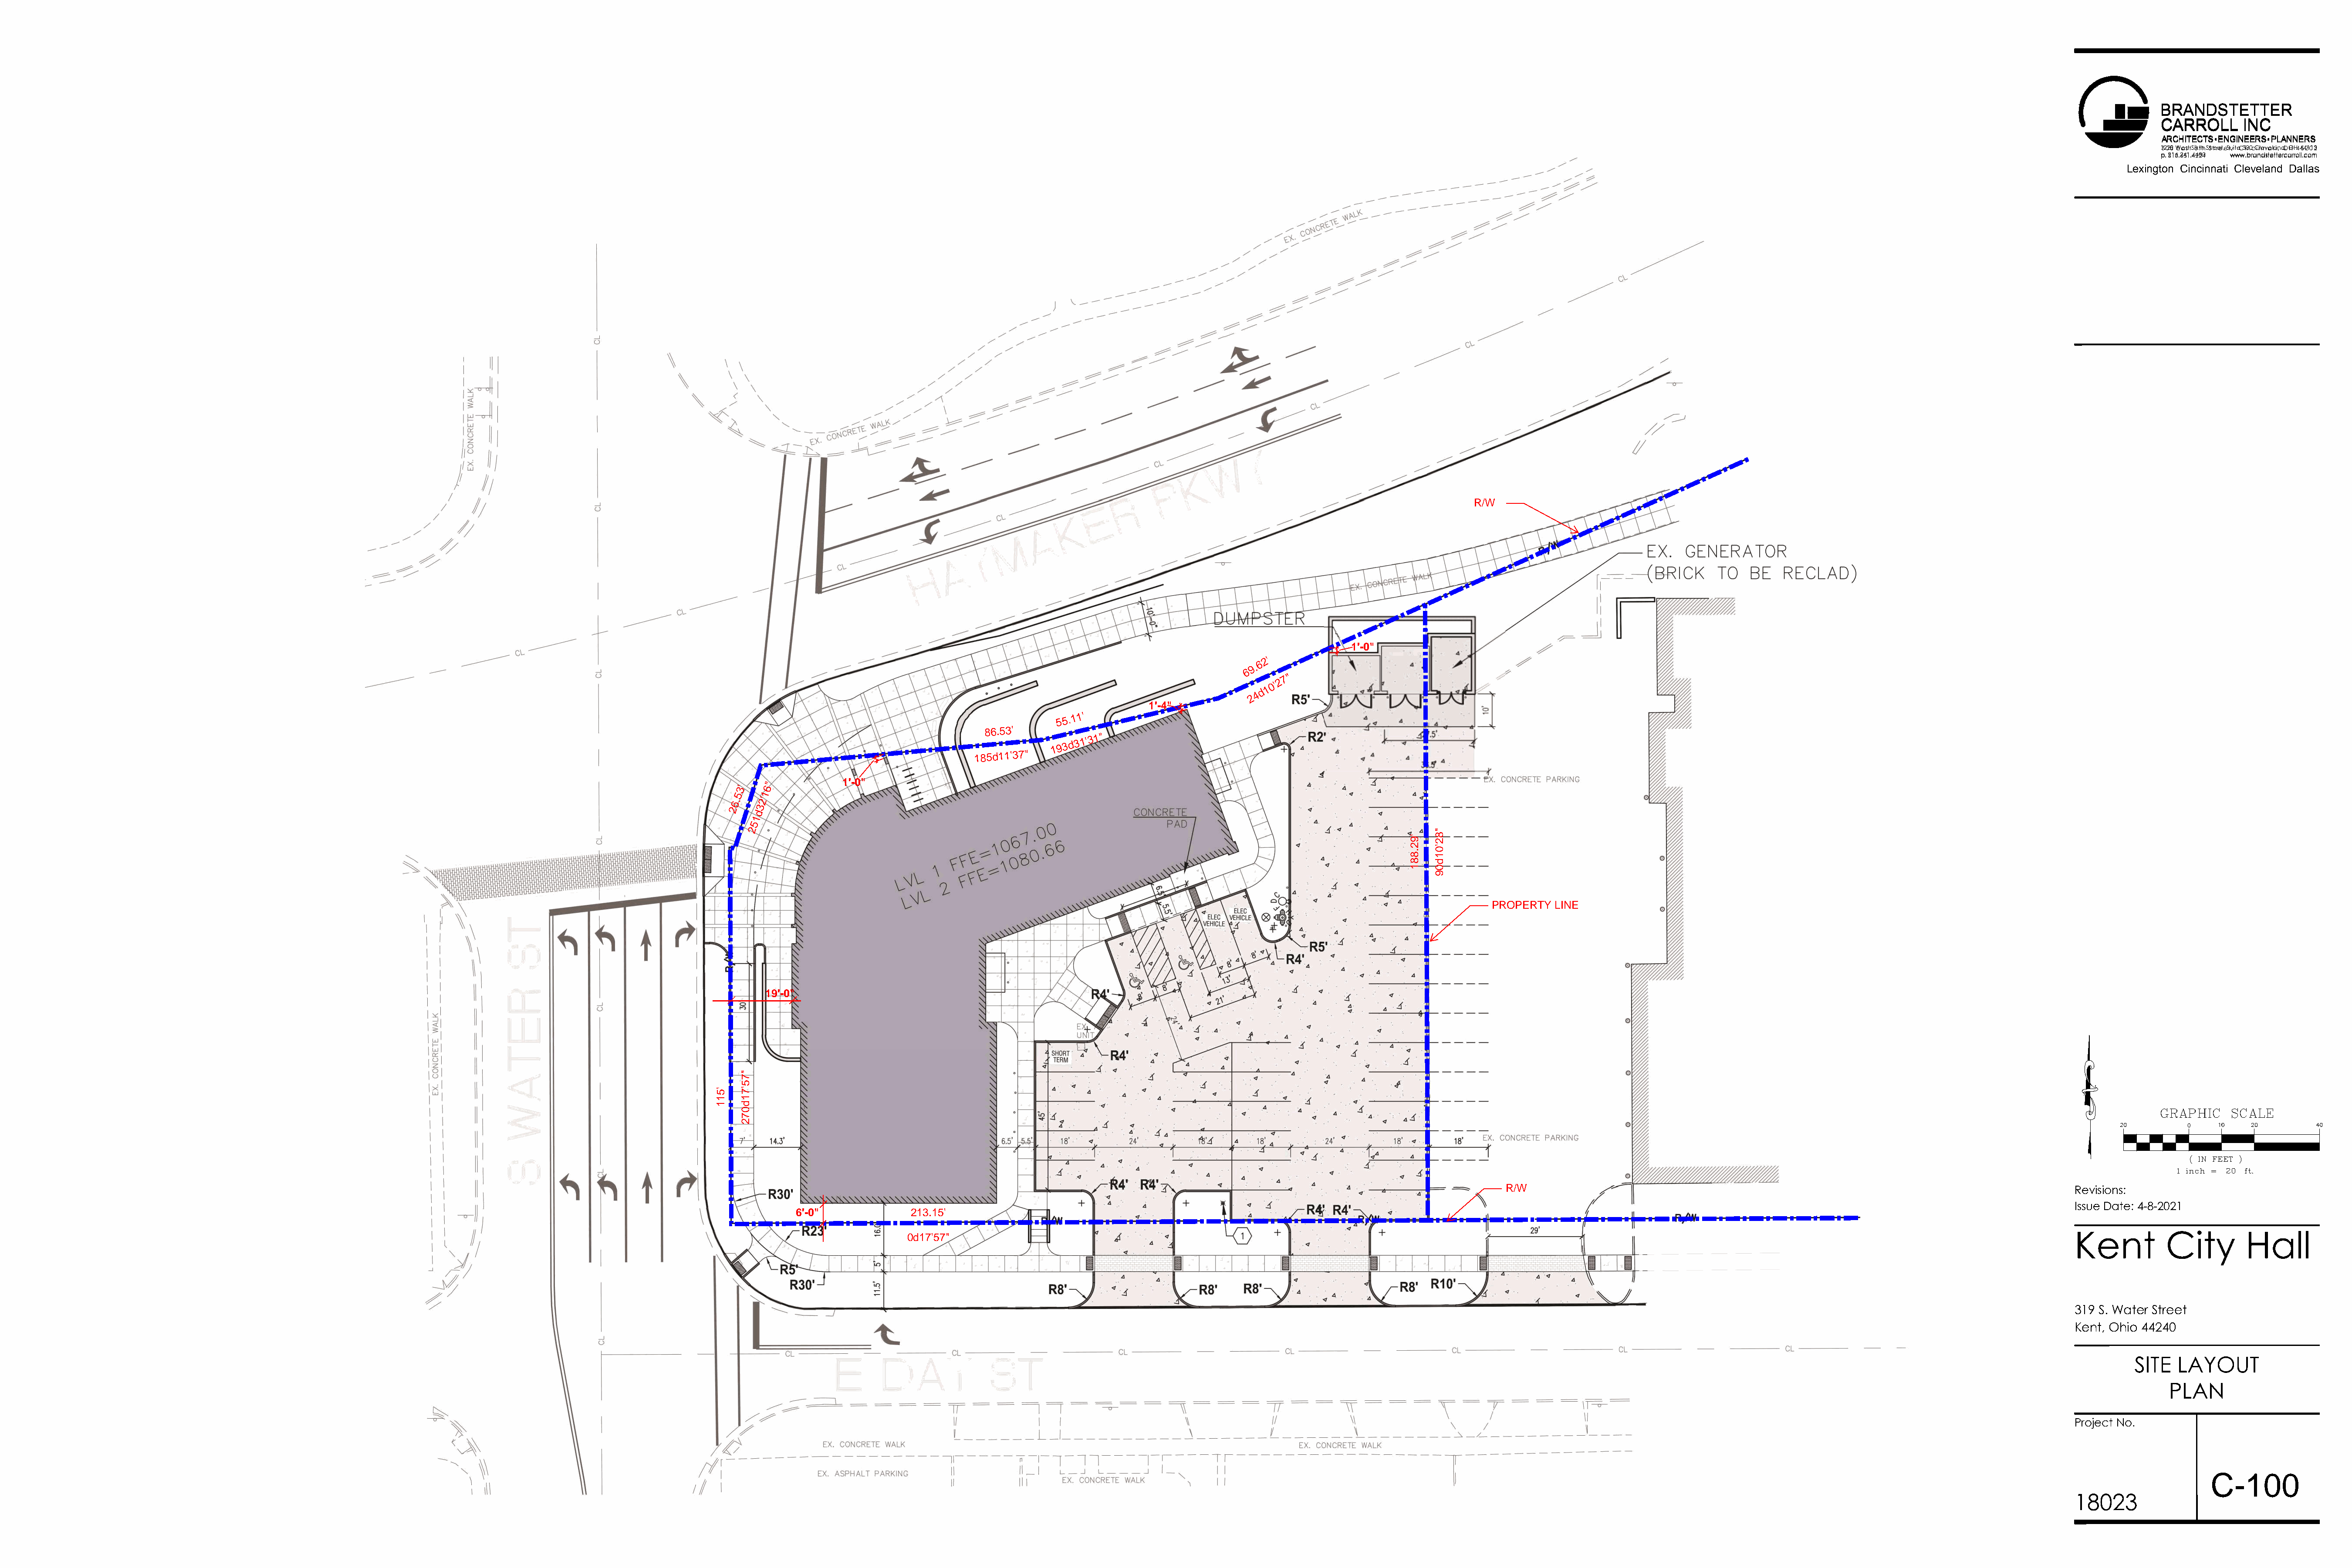
BBRRAANNDDSSTTEETTTTEERR
 CCAARRRROOLLLL IINNCC
 AARRCCHHIITTEECCTTSS EENNGGIINNEEEERRSS PPLLAANNNNEERRSS
 1320280 WEaesstt S 8ixtthh SStrtereete, Stu, it eC 3i0n0c Cinlenvaeltai,n dO, HO H4 454210123
 pp.. 521136..625411..44242840 wwwwww..bbrraannddsstteetttteerrccaarrrroollll..ccoomm
 Lexington Cincinnati Cleveland Dallas
 R/W
 1'-0"
 2'
 6
 9.
 6
 7 "
 2
 0'
 1
 d
 4
 2
 1'-4"
 5 5 . 1 1'
 86.53'
 1 9 3 d 3
 1'3 1 "
 185d11'37"
 1'-0"
 "
 3'  6
 5   1
 6.  2'
 2   3
 d
 1
 5
 2
 PROPERTY LINE
 19'-0"
 GRAPHIC    SCALE
 ( IN FEET )
 1 inch = 2 0 ft.
 R/W                                                                                   Revisions:
 Issue Date: 4-8-2021
 6'-0"            213.15'
 Kent          City        Hall
 0d17'57"
 319 S. Water Street
 Kent, Ohio 44240
 SITE   LAYOUT
 PLAN
 Project No.
 C-100
 18023
 '511
 "75'71d072
 '92.881
 "82'01d09